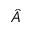
\hat { A }